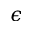
\epsilon